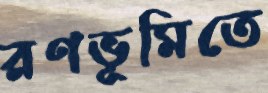
রণভূমিতে